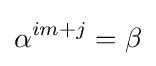
\alpha ^{im+j}=\beta